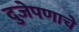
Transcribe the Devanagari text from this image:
दुजेपणाचे